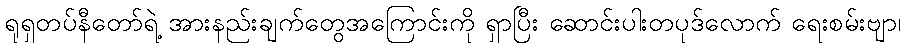
ရုရှတပ်နီတော်ရဲ့ အားနည်းချက်တွေအကြောင်းကို ရှာပြီး ဆောင်းပါးတပုဒ်လောက် ရေးစမ်းဗျာ၊